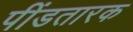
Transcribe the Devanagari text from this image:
पींडतारक